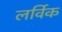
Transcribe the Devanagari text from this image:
लर्विक